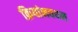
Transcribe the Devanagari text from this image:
क्रियांनवयन